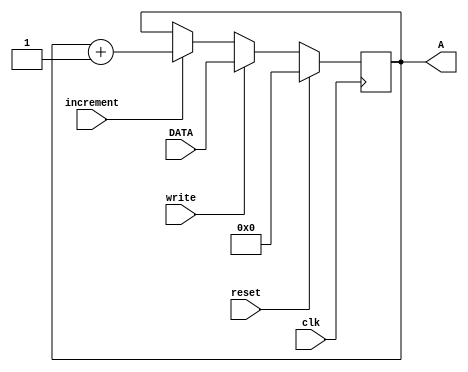
`timescale 1ns/1ns
module register #(
     parameter WIDTH=16)
    (
	  input  clk, reset,write,increment,
	  input	[WIDTH-1:0] DATA,
	  output reg [WIDTH-1:0] A
    );
	 
always@(posedge clk) begin
	if (reset) begin
        A <= 0; // Synchronous reset
    end
    else if (write) begin
        A <= DATA; // Parallel load
    end
    else if (increment) begin
        A <= A + 1; // Increment
    end
end
	 
endmodule